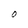
Character: O